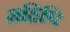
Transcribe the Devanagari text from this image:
महिषि